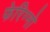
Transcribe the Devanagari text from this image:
फेरिग्नो